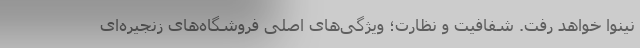
نینوا خواهد رفت. شفافیت و نظارت؛ ویژگی‌های اصلی فروشگاه‌های زنجیره‌ای